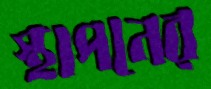
স্থাপনের